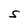
Character: S